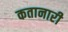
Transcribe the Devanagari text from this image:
कतानारी